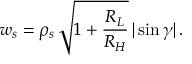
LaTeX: w _ { s } = \rho _ { s } \, \sqrt { 1 + \frac { R _ { L } } { R _ { H } } } \, | \sin \gamma | \, .